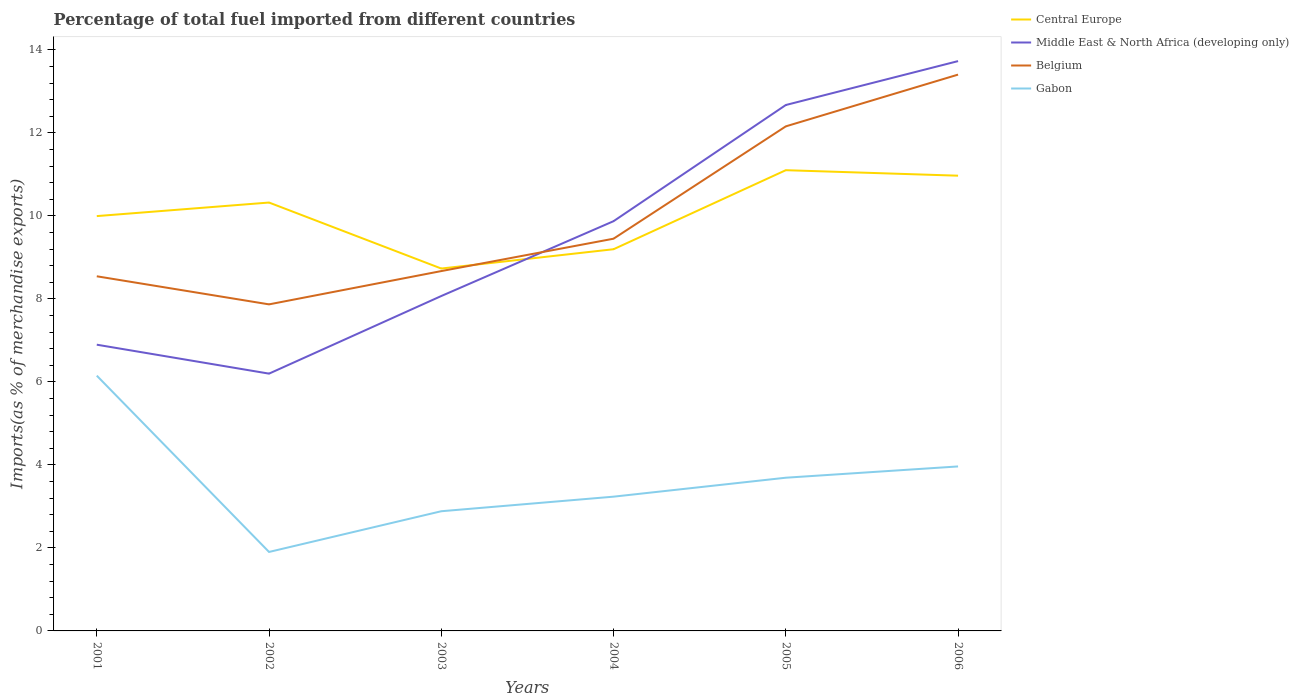
| Years | Central Europe | Middle East & North Africa (developing only) | Belgium | Gabon |
 | --- | --- | --- | --- | --- |
 | 2001 | 9.99 | 6.9 | 8.54 | 6.15 |
 | 2002 | 10.3 | 6.2 | 7.87 | 1.9 |
 | 2003 | 8.73 | 8.07 | 8.67 | 2.88 |
 | 2004 | 9.2 | 9.87 | 9.45 | 3.23 |
 | 2005 | 11.1 | 12.7 | 12.2 | 3.69 |
 | 2006 | 11 | 13.7 | 13.4 | 3.96 |